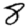
Digit: 8